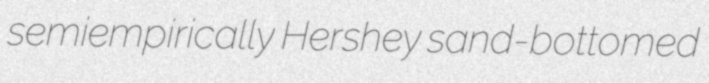
semiempirically Hershey sand-bottomed